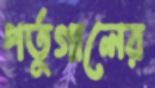
পর্তুগালের